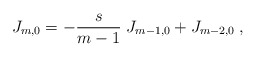
\begin{align*}J_{m, 0} = - \frac{s}{m - 1} \; J_{m - 1, 0} + J_{m - 2, 0} \; ,\end{align*}